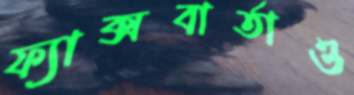
ফ্যাক্সবার্তাও